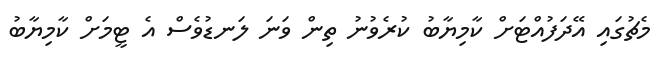
މެޗުގައި އޭދަފުއްޓަށް ކާމިޔާބު ކުރެވުނު ތިން ވަނަ ލަނޑުވެސް އެ ޓީމަށް ކާމިޔާބު